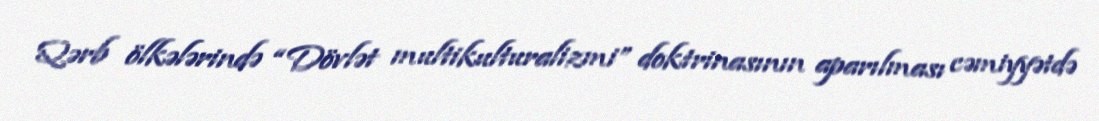
Qərb ölkələrində “Dövlət multikulturalizmi” doktrinasının aparılması cəmiyyətdə